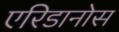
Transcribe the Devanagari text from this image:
एरिडानोस